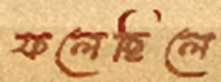
ফলেছিলে